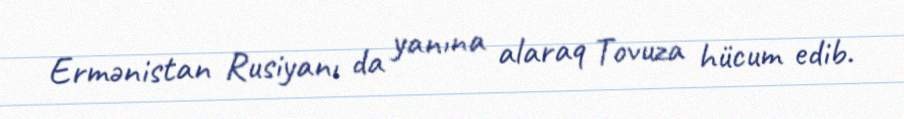
Ermənistan Rusiyanı da yanına alaraq Tovuza hücum edib.